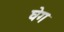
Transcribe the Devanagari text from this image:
घेग